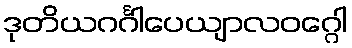
ဒုတိယဂင်္ဂါပေယျာလဝဂ္ဂေါ